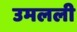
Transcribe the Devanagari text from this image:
उमलली